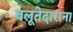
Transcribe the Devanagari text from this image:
बलूतेदाराना